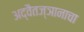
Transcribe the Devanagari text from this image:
अद्वैतज्ञानाचा